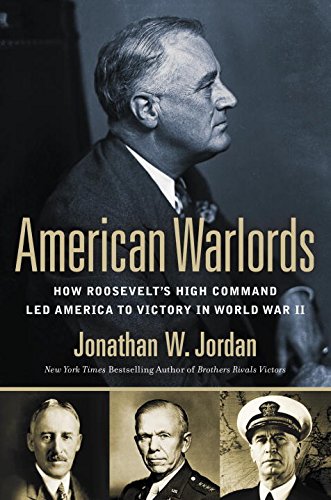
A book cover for American Warlords: How Roosevelt's High Command Led America to Victory in World War II; Jonathan W. Jordan; Biographies & Memoirs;